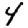
Digit: 4